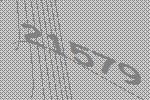
21579